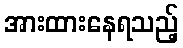
အားထားနေရသည့်